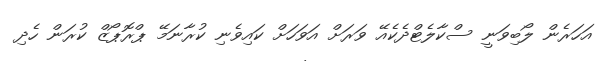
އަހަރެން ލޯބިވަނީ ސްކާލެޓްދެކެއޭ ވަރަށް އަވަހަށް ކައިވެނި ކުރާނަމޭ ޕްރޮޕޯޒް ކުރަން ހެދި